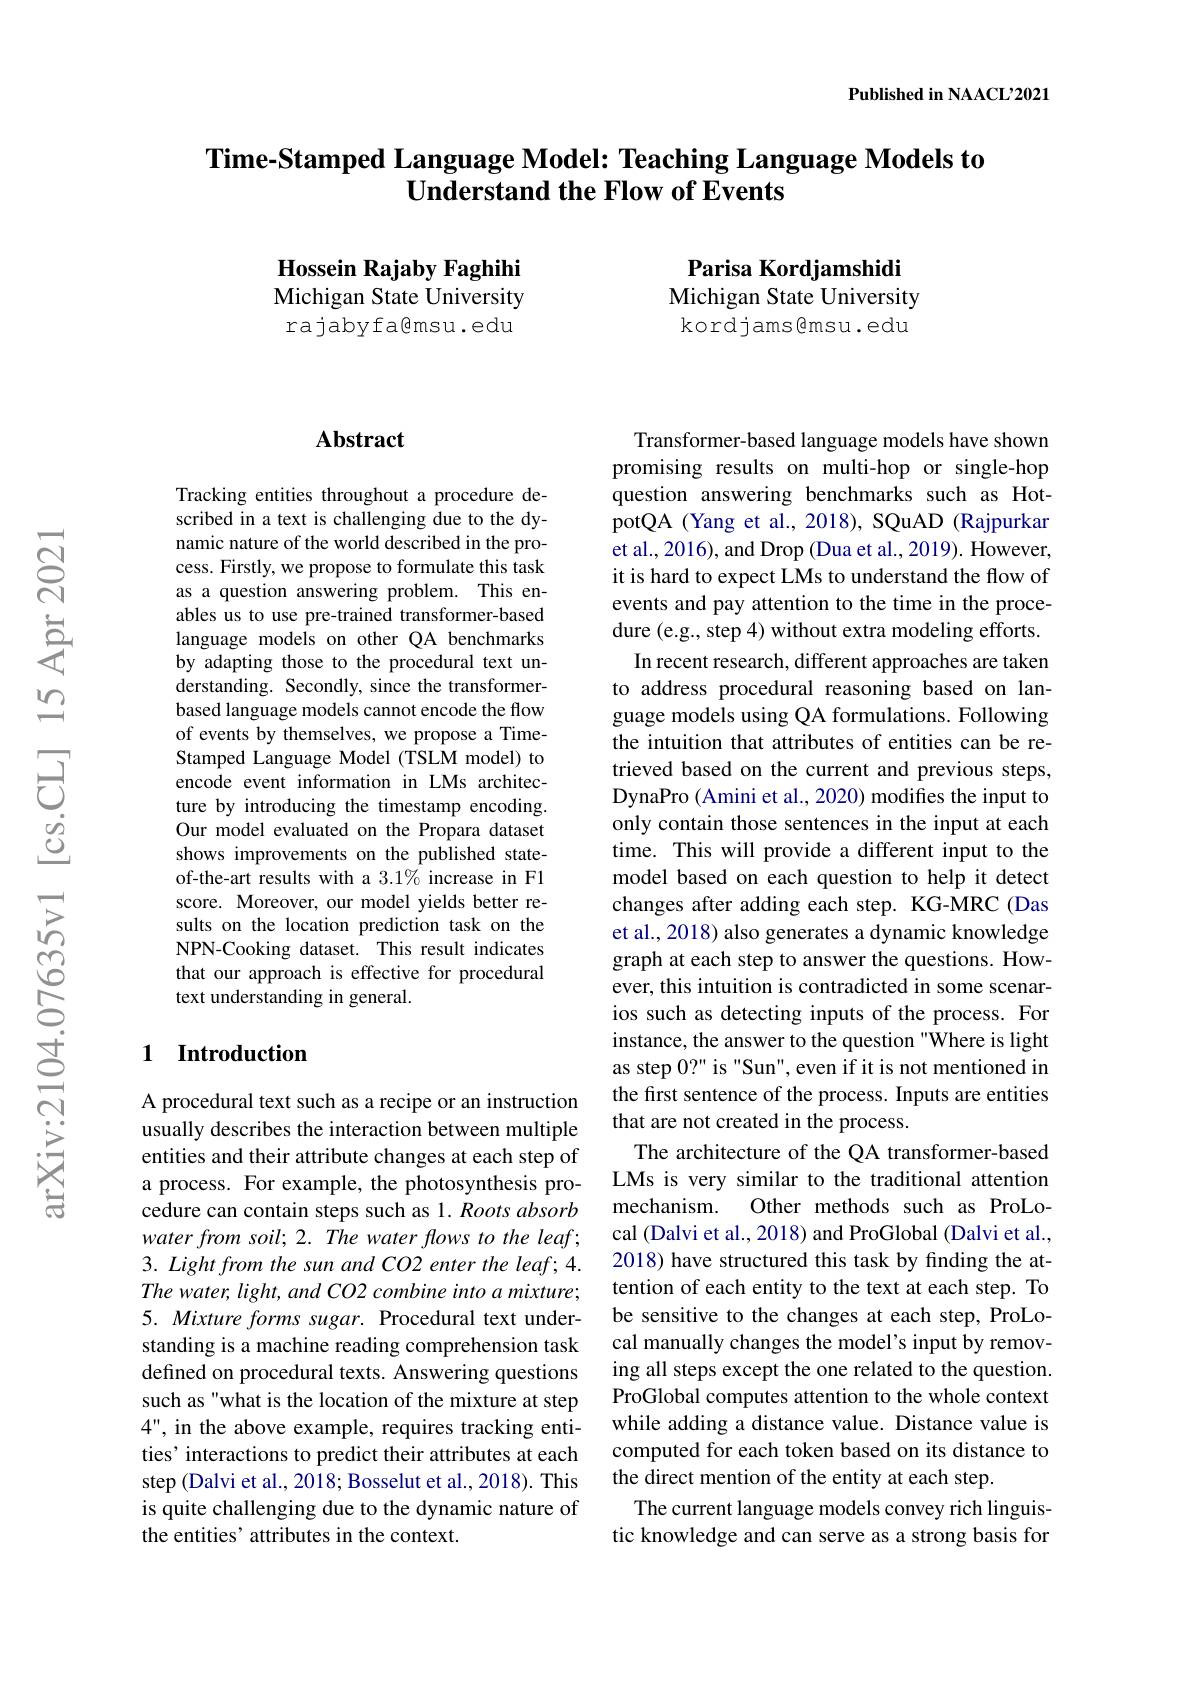
Published in NAACL'2021

# Time-Stamped Language Model: Teaching Language Models to $\bar{\textbf{Understand the Flow of Events}}$

Parisa Kordjamshidi Michigan State University kordjams@msu.edu

Hossein Rajaby Faghihi Michigan State University rajabyfagmsu.edu

## Abstract

Tracking entities throughout a procedure described in a text is challenging due to the dynamic nature of the world described in the process. Firstly, we propose to formulate this task as a question answering problem. This enables us to use pre-trained transformer-based language models on other QA benchmarks by adapting those to the procedural text understanding. Secondly, since the transformerbased language models cannot encode the flow of events by themselves, we propose a TimeStamped Language Model (TSLM model) to encode event information in LMs architecture by introducing the timestamp encoding. Our model evaluated on the Propara dataset shows improvements on the published stateof-the-art results with a 3.1% increase in F1 score. Moreover, our model yields better results on the location prediction task on the NPN-Cooking dataset. This result indicates that our approach is effective for procedural text understanding in general.

## 1 Introduction

A procedural text such as a recipe or an instruction usually describes the interaction between multiple entities and their attribute changes at each step of a process. For example, the photosynthesis procedure can contain steps such as 1. Roots absorb water from soil; 2. The water flows to the leaf; 3. Light from the sun and CO2 enter the leaf; 4. The water, light, and CO2 combine into a mixture; 5. Mixture forms sugar. Procedural text understanding is a machine reading comprehension task defined on procedural texts. Answering questions such as "what is the location of the mixture at step 4", in the above example, requires tracking entities' interactions to predict their attributes at each step (Dalvi et al., 2018; Bosselut et al., 2018). This is quite challenging due to the dynamic nature of the entities' attributes in the context.

Transformer-based language models have shown promising results on multi-hop or single-hop question answering benchmarks such as HotpotQA (Yang et al., 2018), SQuAD (Rajpurkar et al., 2016), and Drop (Dua et al., 2019). However, it is hard to expect LMs to understand the flow of events and pay attention to the time in the procedure (e.g., step 4) without extra modeling efforts.
In recent research, different approaches are taken to address procedural reasoning based on language models using QA formulations. Following the intuition that attributes of entities can be retrieved based on the current and previous steps, DynaPro (Amini et al., 2020) modifies the input to only contain those sentences in the input at each time. This will provide a different input to the model based on each question to help it detect changes after adding each step. KG-MRC (Das et al., 2018) also generates a dynamic knowledge graph at each step to answer the questions. However, this intuition is contradicted in some scenarios such as detecting inputs of the process. For instance, the answer to the question "Where is light as step $0? "$ is " Sun" , even if it is not mentioned in the first sentence of the process. Inputs are entities that are not created in the process.
The architecture of the QA transformer-based LMs is very similar to the traditional attention
Other methods such as ProLo-
mechanism.
cal (Dalvi et al., 2018) and ProGlobal (Dalvi et al., 2018) have structured this task by finding the attention of each entity to the text at each step. To be sensitive to the changes at each step, ProLocal manually changes the model's input by removing all steps except the one related to the question. ProGlobal computes attention to the whole context while adding a distance value. Distance value is computed for each token based on its distance to the direct mention of the entity at each step.
The current language models convey rich linguistic knowledge and can serve as a strong basis for